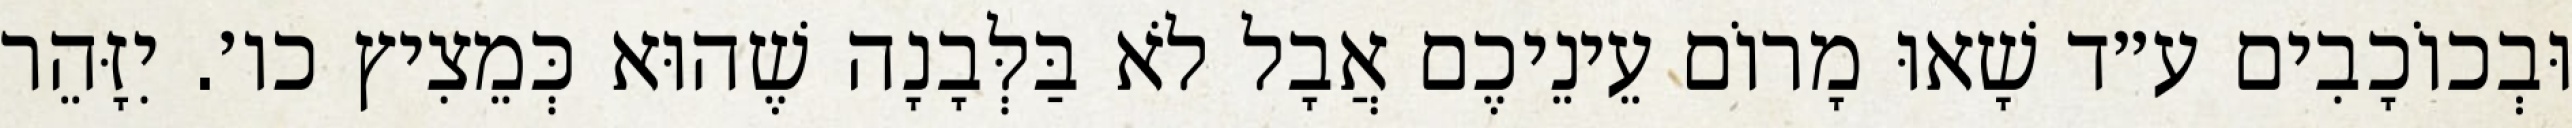
וּבְכוֹכָבִים ע״ד שָׁאוּ מָרוֹם עֵינֵיכֶם אֲבָל לֹא בַּלְּבָנָה שֶׁהוּא כְּמֵצִיץ כו׳. יִזָּהֵר